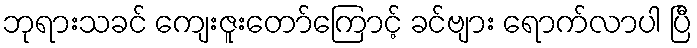
ဘုရားသခင် ကျေးဇူးတော်ကြောင့် ခင်ဗျား ရောက်လာပါ ပြီ